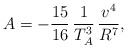
\begin{align*}A= - \frac{15}{16} \, \frac{1}{T_A^3} \, \frac{v^4}{R^7},\end{align*}